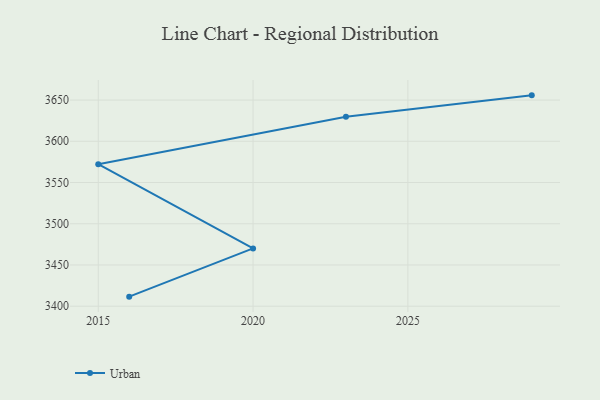
{"axis": {"x": "Year", "y": "Website Visitors"}, "legend": ["Urban"], "data": [{"x": "2029", "y": 3655.7, "type": "Urban"}, {"x": "2023", "y": 3629.8, "type": "Urban"}, {"x": "2015", "y": 3572.2, "type": "Urban"}, {"x": "2020", "y": 3470.1, "type": "Urban"}, {"x": "2016", "y": 3411.6, "type": "Urban"}]}